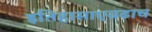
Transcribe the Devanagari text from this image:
इतिहासाएवढाच